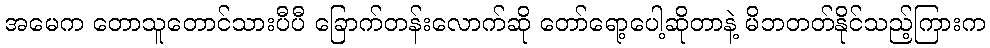
အမေက တောသူတောင်သားပီပီ ခြောက်တန်းလောက်ဆို တော်ရော့ပေါ့ဆိုတာနဲ့ မိဘတတ်နိုင်သည့်ကြားက